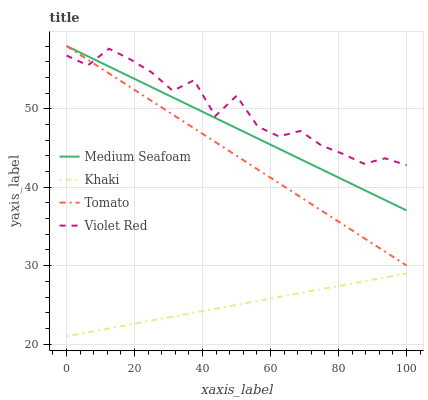
| xaxis_label | Medium Seafoam | Khaki | Tomato | Violet Red |
 | --- | --- | --- | --- | --- |
 | 0 | 58 | 21 | 58 | 56.8 |
 | 6.25 | 56.7 | 21.5 | 56.3 | 55.5 |
 | 12.5 | 55.4 | 22 | 54.5 | 57.7 |
 | 18.8 | 54.1 | 22.5 | 52.8 | 56.3 |
 | 25 | 52.8 | 23 | 51 | 54.6 |
 | 31.2 | 51.4 | 23.5 | 49.3 | 52.3 |
 | 37.5 | 50.1 | 24 | 47.5 | 53.6 |
 | 43.8 | 48.8 | 24.5 | 45.8 | 49.1 |
 | 50 | 47.5 | 25 | 44 | 51.7 |
 | 56.2 | 46.2 | 25.5 | 42.3 | 47.7 |
 | 62.5 | 44.9 | 26 | 40.5 | 46.5 |
 | 68.8 | 43.6 | 26.5 | 38.8 | 47.2 |
 | 75 | 42.3 | 27 | 37 | 45.3 |
 | 81.2 | 41 | 27.5 | 35.3 | 44.3 |
 | 87.5 | 39.7 | 28 | 33.5 | 43 |
 | 93.8 | 38.3 | 28.5 | 31.8 | 43.7 |
 | 100 | 37 | 29 | 30 | 42.8 |